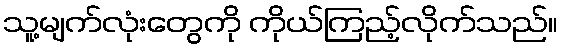
သူ့မျက်လုံးတွေကို ကိုယ်ကြည့်လိုက်သည်။